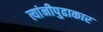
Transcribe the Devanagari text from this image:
त्यांनीपुढाकार